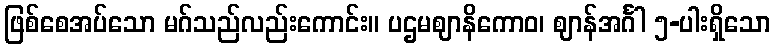
ဖြစ်စေအပ်သော မဂ်သည်လည်းကောင်း။ ပဌမဈာနိကောဝ၊ ဈာန်အင်္ဂါ ၅-ပါးရှိသော